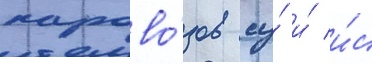
парово́зов су́ и́ и́с